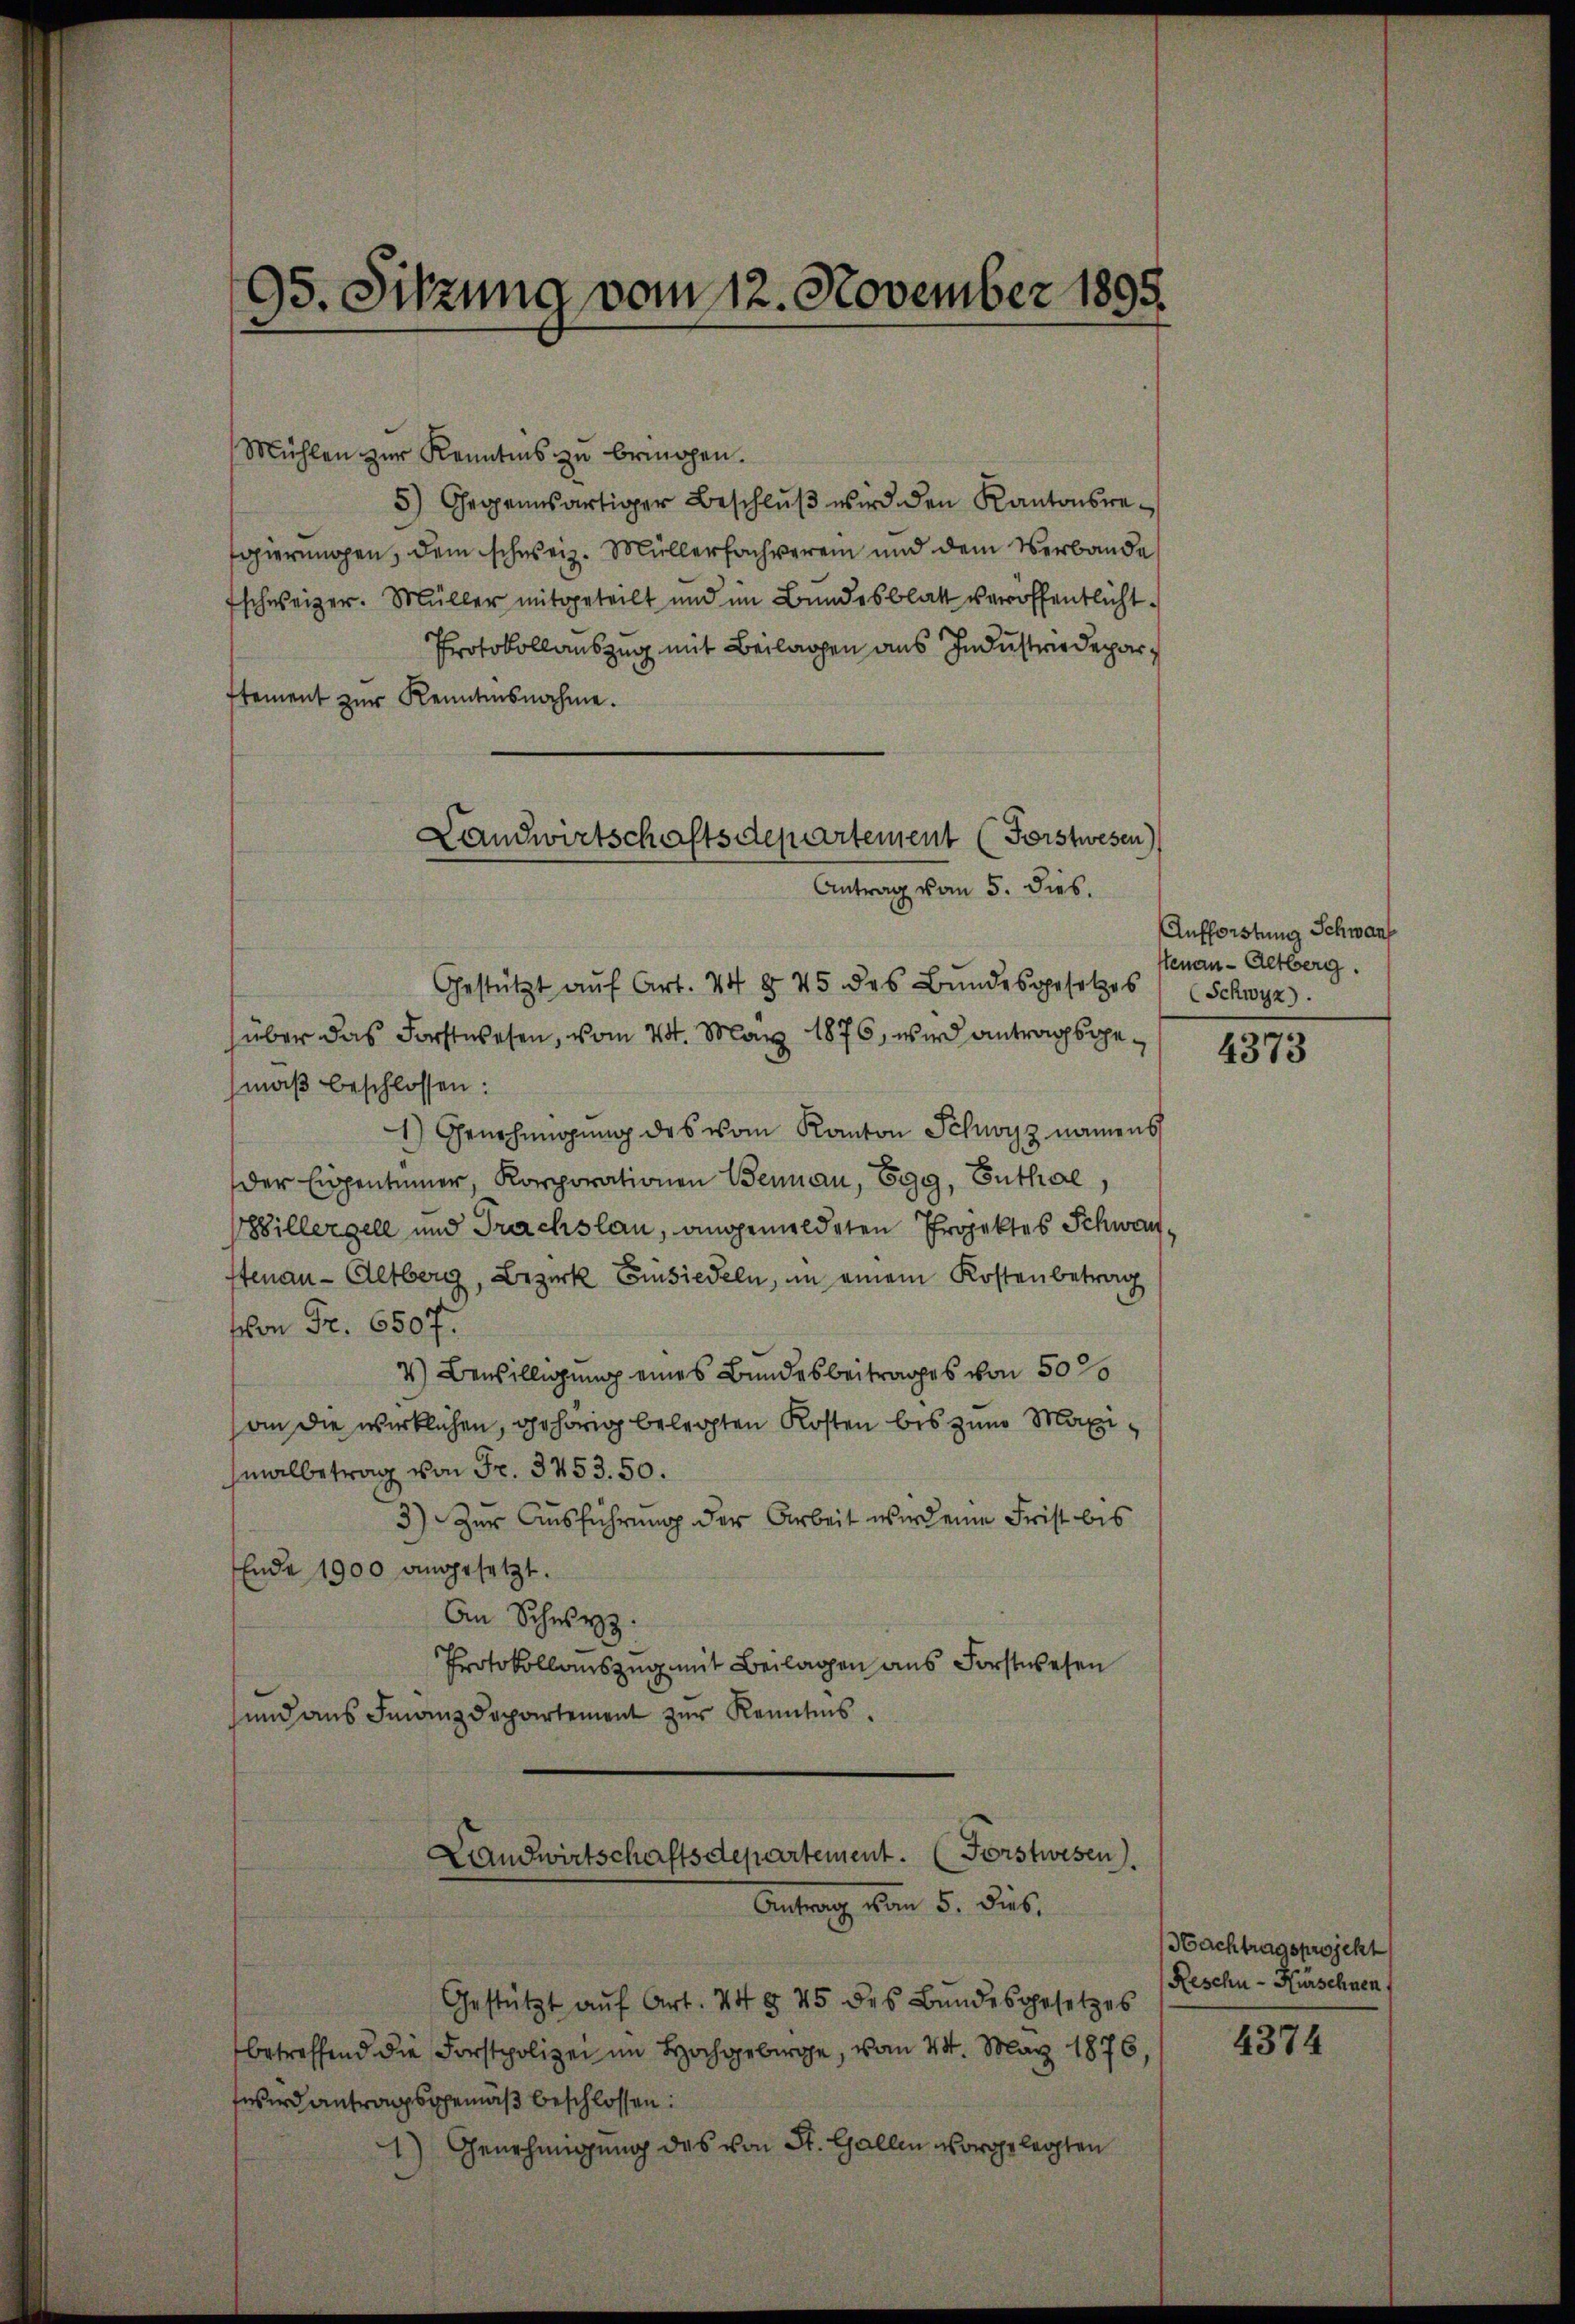
95. Sitzung vom 12. November 1895

Mühlen zur Kenntnis zŭ bringen.
5) Gegenwärtiger Beschluß wird den Kantonsregierungen, dem schweiz. Müllerfachverein und dem Verbande
fschweizer. Müller mitgeteilt und im Bundesblatt veröffentlicht.
Protokollauszug mit Beilagen aus Industriedeparstement zŭr Kenntnisnahme.
Gestützt aŭf Art. 44 § 45 des Bŭndesgesetzes
über das Forstwesen, vom 24. May 1876, wird antragsgemaß beschlossen:
1) Genehmigung des vom Kanton Schwyz namens
der Eigentümer, Korporationen Bernau, Egg, Enthal
Willergell und Trachslau, angemeldeten Projektes Schwanstenau-Aetberg, Bezirk Einsiedeln, in einem Kostenbetrag
von Fr. 6507.
4) Bewilligung eines Bundesbeitrages von 50 26
an die wirklichen, gehörig belegten Kosten bis zum Maximalbetrag von Fr. 3753. 50.
3) Zur Ausführung der Arbeit wird eine Frist bis
Ende 1900 angesetzt.
An Schwyz:
Protokollauszug mit Beilagen aus Forstwesen
sund aus Finanzdepartement zur Kenntnis.
Landwirtschaftsdepartement. (Forstwesen.
Antrag vom 5. Fuß.
Gestützt aŭf Art. 74 § 45 des Bundesgesetzes
betreffend die Forstpolizei im Hochgebirge, vom 24. März 1876,
fwird antragsgemäß beschlossen:
Genehmigung des von St. Gallen vorgelegten

Landwirtschaftsdepartement (Forstwesen)
Antrag vom 5. dies.

Aufforstung Schwan
stenau-Aetberg.
(Schwyz).

4373

Nachtragsprojekt
Reschn - Kürschnen

4374